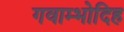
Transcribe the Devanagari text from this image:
गवाम्भोदिह